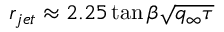
r _ { j e t } \approx 2 . 2 5 \tan \beta \sqrt { q _ { \infty } \tau }